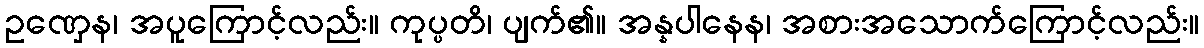
ဥဏှေန၊ အပူကြောင့်လည်း။ ကုပ္ပတိ၊ ပျက်၏။ အန္နပါနေန၊ အစားအသောက်ကြောင့်လည်း။